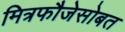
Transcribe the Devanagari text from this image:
मित्रफौजेसोबत